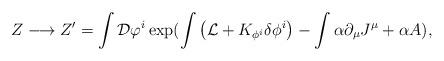
LaTeX: \begin{align*}Z\longrightarrow Z^\prime=\int {\cal D}\varphi^i \exp(\int\big({\cal L}+K_{\phi^i}\delta\phi^i\big)-\int\alpha\partial_\mu J^\mu+\alpha{\sl A}),\end{align*}